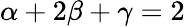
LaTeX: \alpha+2\beta+\gamma=2